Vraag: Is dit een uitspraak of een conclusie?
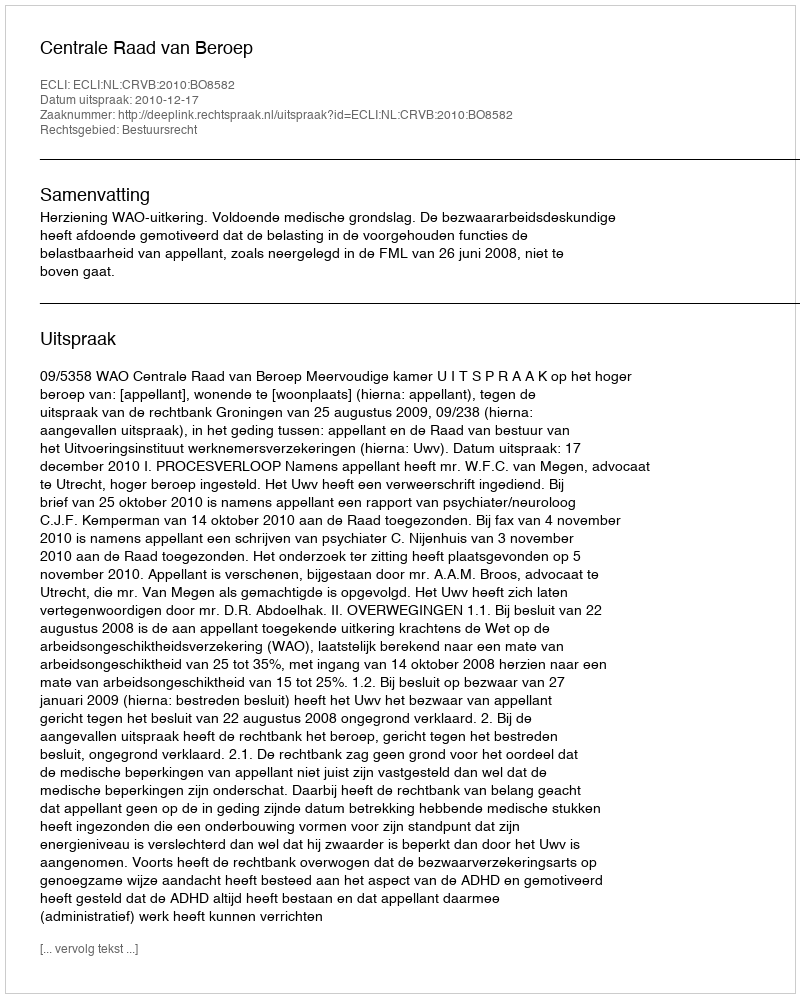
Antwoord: Uitspraak